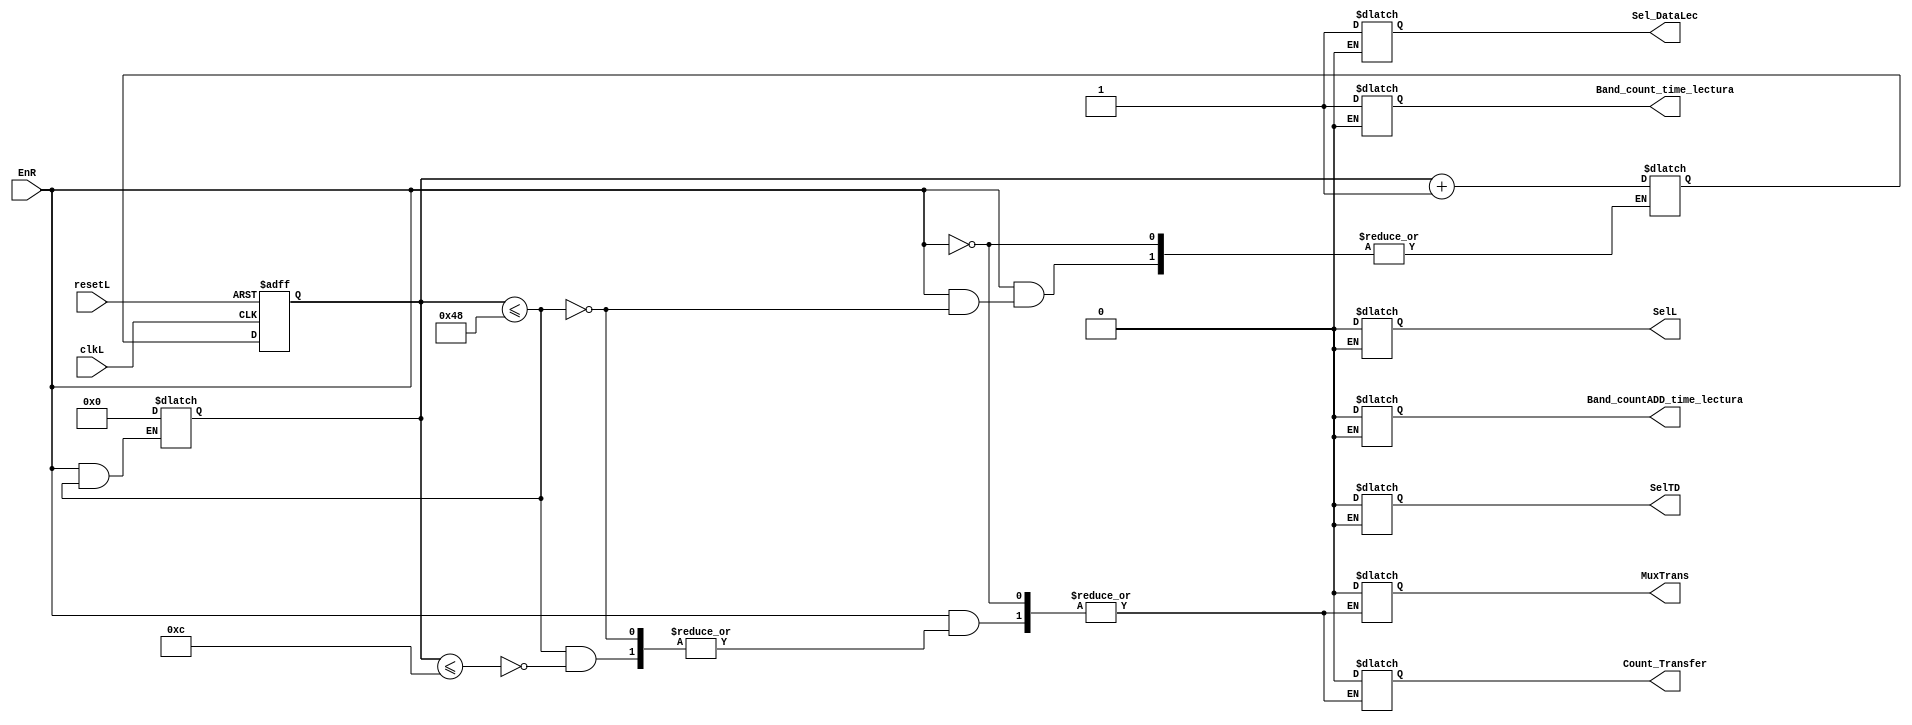
`timescale 1ns / 1ps
//////////////////////////////////////////////////////////////////////////////////
// Company: 
// Engineer: 
// 
// Design Name: 
// Module Name:    Control_Contador_Lectura 
// Project Name: 
// Target Devices: 
// Tool versions: 
// Description: 
//
// Dependencies: 
//
// Revision: 
// Revision 0.01 - File Created
// Additional Comments: 
//
//////////////////////////////////////////////////////////////////////////////////
module Control_Contador_Lectura(
//Band_clock1 ,
input resetL , 
input EnR , 
input clkL,
output reg SelL,//Para el control del mdulo Mux encontrado en el exterior
output reg Band_countADD_time_lectura,//habilitara el contador que establece los parmetros de AD/CS/WR/RD/ para ADD
output reg Band_count_time_lectura,//Establece los parametros de AD/CS/WR/RD/ para lectura
output reg Sel_DataLec,
output reg MuxTrans,
output reg SelTD,//selecciona tiempos de direccion
output reg Count_Transfer);

reg [6:0]q_actL, q_nextL;
reg [6:0]q_actL1, q_nextL1;
always@(posedge clkL,posedge resetL)
	if(resetL) 
	begin
		q_actL <= 7'b0;
		q_actL1 <= 7'b0;
		
	end	
	else begin
		q_actL <= q_nextL;
		q_actL1 <= q_nextL1;end
		
always@*
begin
	if(EnR) begin
	
		if(q_actL <=7'b1001000) begin
			q_nextL = q_actL + 6'b1;
				if (q_actL  <= 7'b0001100) begin
						Count_Transfer <= 1'b1;
						MuxTrans <=1'b1;
						
						if (q_actL > 7'b0001100) begin
							Count_Transfer <= 1'b0;
							MuxTrans <=0; end
						else begin
							Count_Transfer <= 1'b0;
							MuxTrans <=1'b0; 
						end
				end
				else if(q_actL1 >= 7'b0011000) begin
						Band_countADD_time_lectura <= 1'b1;
						SelTD <= 1'b1;//Habilita direccion
						SelL <= 1'b1;//Manda direccion a RTC
						
							if (q_actL1 <=7'b0100110) begin
						SelTD <= 1'b0;//Habilita direccion
						SelL <= 1'bz;//Manda direccion a RTC
						Band_countADD_time_lectura <= 1'b0;end
							else begin
							SelTD <= 1'b0;//Habilita direccion
							SelL <= 1'bz;//Manda direccion a RTC
							Band_countADD_time_lectura <= 1'b0;end
					end
						
				else if ( q_actL1 >=7'b0110000)	begin
							Band_count_time_lectura <= 1'b1;
							Sel_DataLec<= 1'b1; 
							SelL <= 1'b0;// //Habilita datos de entrada, Manda datos a VGA
							if ( q_actL1 >=7'b0111110) begin
									Band_count_time_lectura <= 1'b0;
									Sel_DataLec<= 1'b0; 
									SelL <= 1'bz;
									end
							else begin 
									Band_count_time_lectura <= 1'b1;
									Sel_DataLec<= 1'b1; 
									SelL <= 1'b0;end
					end
				end
			else 
			q_actL <=7'b0000000;
			q_actL1 <=7'b0000000;
			end
		else
			q_actL <=7'b0000000;
			q_actL1 <=7'b0000000;
end				
					
endmodule